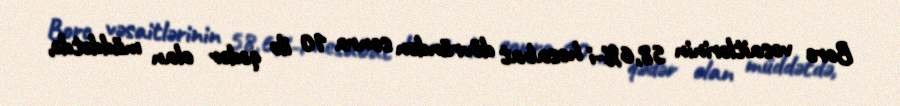
Borc vəsaitlərinin 58,6%-i hesabat dövründən sonra 10 ilə qədər olan müddətdə,